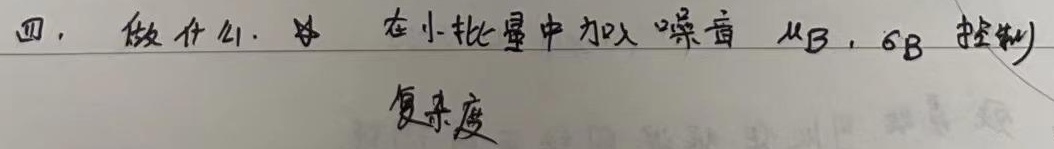
四. 做什么. 在小批量中加入噪音 ($\mu_{B},\sigma_{B}$ 控制)复杂度